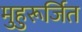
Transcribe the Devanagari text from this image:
मुहुरूर्जित